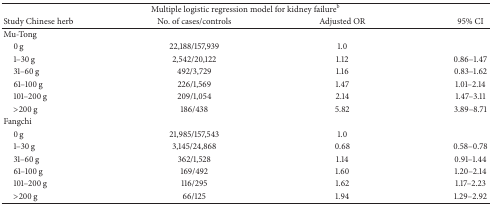
<table><thead><tr><td colspan="4"><b>Multiple logistic regression model for kidney failure<sup>b</sup></b></td></tr><tr><td><b>Study Chinese herb</b></td><td><b>No. of cases/controls</b></td><td><b>Adjusted OR</b></td><td><b>95% CI</b></td></tr></thead><tbody><tr><td>Mu-Tong</td><td> </td><td> </td><td> </td></tr><tr><td> 0 g</td><td>22,188/157,939</td><td>1.0</td><td> </td></tr><tr><td> 1–30 g</td><td>2,542/20,122</td><td> 1.12 </td><td>0.86–1.47</td></tr><tr><td> 31–60 g</td><td>492/3,729</td><td> 1.16 </td><td>0.83–1.62</td></tr><tr><td> 61–100 g</td><td>226/1,569</td><td> 1.47 </td><td>1.01–2.14</td></tr><tr><td> 101–200 g</td><td>209/1,054</td><td> 2.14 </td><td>1.47–3.11</td></tr><tr><td> &gt;200 g </td><td>186/438</td><td> 5.82 </td><td>3.89–8.71</td></tr><tr><td>Fangchi</td><td> </td><td> </td><td> </td></tr><tr><td> 0 g</td><td>21,985/157,543</td><td>1.0</td><td> </td></tr><tr><td> 1–30 g</td><td>3,145/24,868</td><td>0.68 </td><td>0.58–0.78</td></tr><tr><td> 31–60 g</td><td>362/1,528</td><td>1.14 </td><td>0.91–1.44</td></tr><tr><td> 61–100 g</td><td>169/492</td><td>1.60 </td><td>1.20–2.14</td></tr><tr><td> 101–200 g</td><td>116/295</td><td>1.62 </td><td>1.17–2.23</td></tr><tr><td> &gt;200 g </td><td>66/125</td><td>1.94 </td><td>1.29–2.92</td></tr></tbody></table>